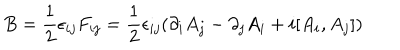
B = { \frac { 1 } { 2 } } \epsilon _ { i j } F _ { i j } = { \frac { 1 } { 2 } } \epsilon _ { i j } ( \partial _ { i } A _ { j } - \partial _ { j } A _ { i } + i [ A _ { i } , A _ { j } ] )